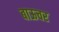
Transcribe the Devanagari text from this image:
बाऊचर